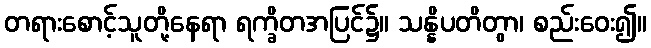
တရားစောင့်သူတို့နေရာ ရက္ခိတအပြင်၌။ သန္နိပတိတွာ၊ စည်းဝေး၍။